Lunatic asylums United Provinces 1909-1921 - 1909-1921
Year: 1909
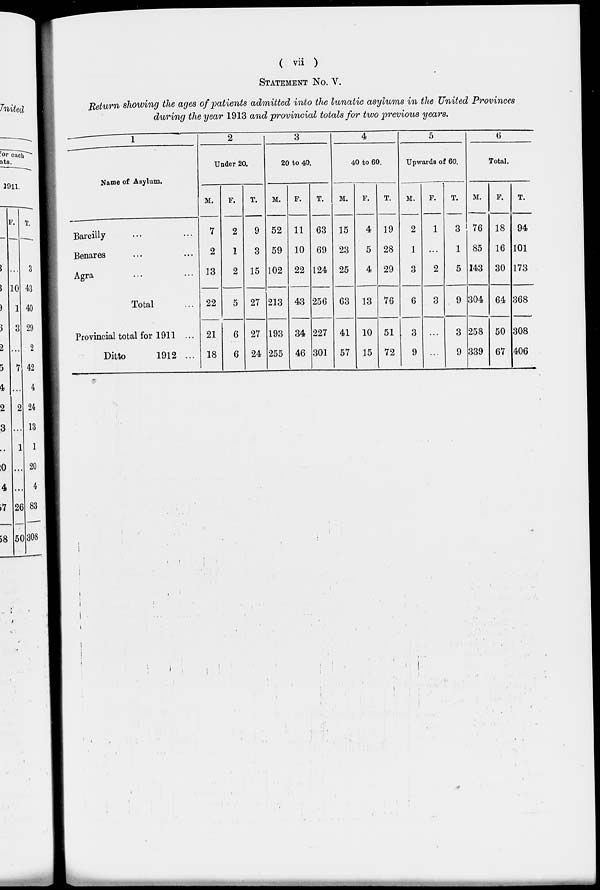
( vii )
STATEMENT NO. V.
Return showing the ages of patients admitted into the lunatic asylums in the United Provinces
during the year 1913 and provincial totals for two previous years.
—
1
2
3
4
5
6
Under 20.
20 to 40.
40 to 60.
Upwards of 60.
Total.
Name of Asylum.
M.
7
F.
2
T.
9
M.
52
F.
11
T.
63
M.
15
F.
4
T.
19
M.
2
F.
1
T.
3
M.
76
F.
18
T.
Bareilly
94
Benares
2
1
3 59 10 69 23
5 28
1 ...
1 85 16 101
Agra
13
22
21
2
5
6
15
27
27
102
213
193
22
43
34
124
256
227
25
63
41
4 29
3
6
3
2
3
5 143 30 173
Total
13 76
9 304 64 368
Provincial total for 1911 ...
10 51
3 258 50 308
Ditto
1912 ... 18
6 24 255 46 301 57 15 72
9 ...
9 339 67 406
I
■■--
—..
■
—■
-